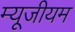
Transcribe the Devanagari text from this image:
म्यूजीयम